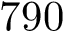
7 9 0